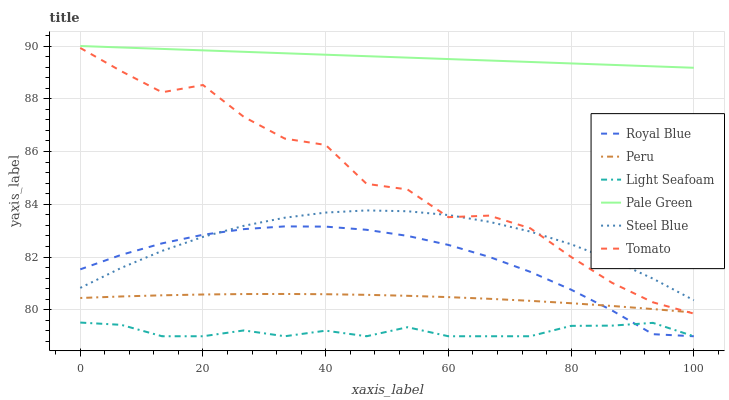
| xaxis_label | Royal Blue | Peru | Light Seafoam | Pale Green | Steel Blue | Tomato |
 | --- | --- | --- | --- | --- | --- | --- |
 | 0 | 81.5 | 80.5 | 79.5 | 90 | 80.8 | 89.9 |
 | 6.67 | 82.1 | 80.5 | 79.4 | 89.9 | 81.6 | 89 |
 | 13.3 | 82.5 | 80.6 | 79 | 89.9 | 82.2 | 88.2 |
 | 20 | 82.8 | 80.6 | 79 | 89.8 | 82.8 | 88.5 |
 | 26.7 | 83.1 | 80.6 | 79.2 | 89.8 | 83.2 | 87.3 |
 | 33.3 | 83.2 | 80.6 | 79 | 89.7 | 83.5 | 86.5 |
 | 40 | 83.2 | 80.6 | 79.2 | 89.7 | 83.7 | 86.2 |
 | 46.7 | 83 | 80.6 | 79 | 89.6 | 83.8 | 84.8 |
 | 53.3 | 82.8 | 80.5 | 79.3 | 89.6 | 83.7 | 84.6 |
 | 60 | 82.5 | 80.5 | 79 | 89.5 | 83.6 | 83.5 |
 | 66.7 | 82 | 80.4 | 79 | 89.5 | 83.3 | 83.6 |
 | 73.3 | 81.4 | 80.3 | 79 | 89.4 | 83 | 83.1 |
 | 80 | 80.8 | 80.3 | 79.4 | 89.3 | 82.5 | 82 |
 | 86.7 | 80 | 80.1 | 79.4 | 89.3 | 81.9 | 81 |
 | 93.3 | 79.1 | 80 | 79.5 | 89.2 | 81.2 | 80.3 |
 | 100 | 79 | 79.9 | 79 | 89.2 | 80.4 | 79.9 |